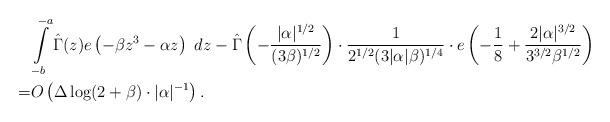
LaTeX: \begin{align*} & \int\limits_{-b}^{-a} \hat\Gamma(z) e\left(-\beta z^3-\alpha z\right) \ dz - \hat\Gamma\left(-\frac{|\alpha|^{1/2}}{(3\beta)^{1/2}}\right) \cdot \frac{1}{2^{1/2}(3|\alpha|\beta)^{1/4}} \cdot e\left(-\frac{1}{8}+\frac{2|\alpha|^{3/2}}{3^{3/2}\beta^{1/2}}\right) \\= & O\left(\Delta\log(2+\beta)\cdot |\alpha|^{-1}\right).\end{align*}